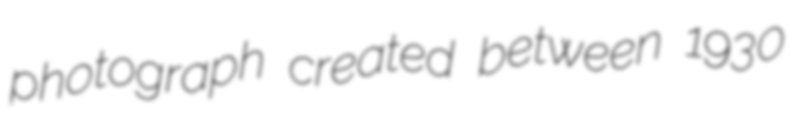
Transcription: photograph created between 1930